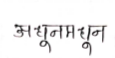
मजकूर: अधूनमधून